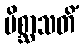
မိစ္ဆာသတိံ